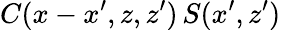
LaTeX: C(x-x^{\prime},z,z^{\prime})\, S(x^{\prime},z^{\prime})